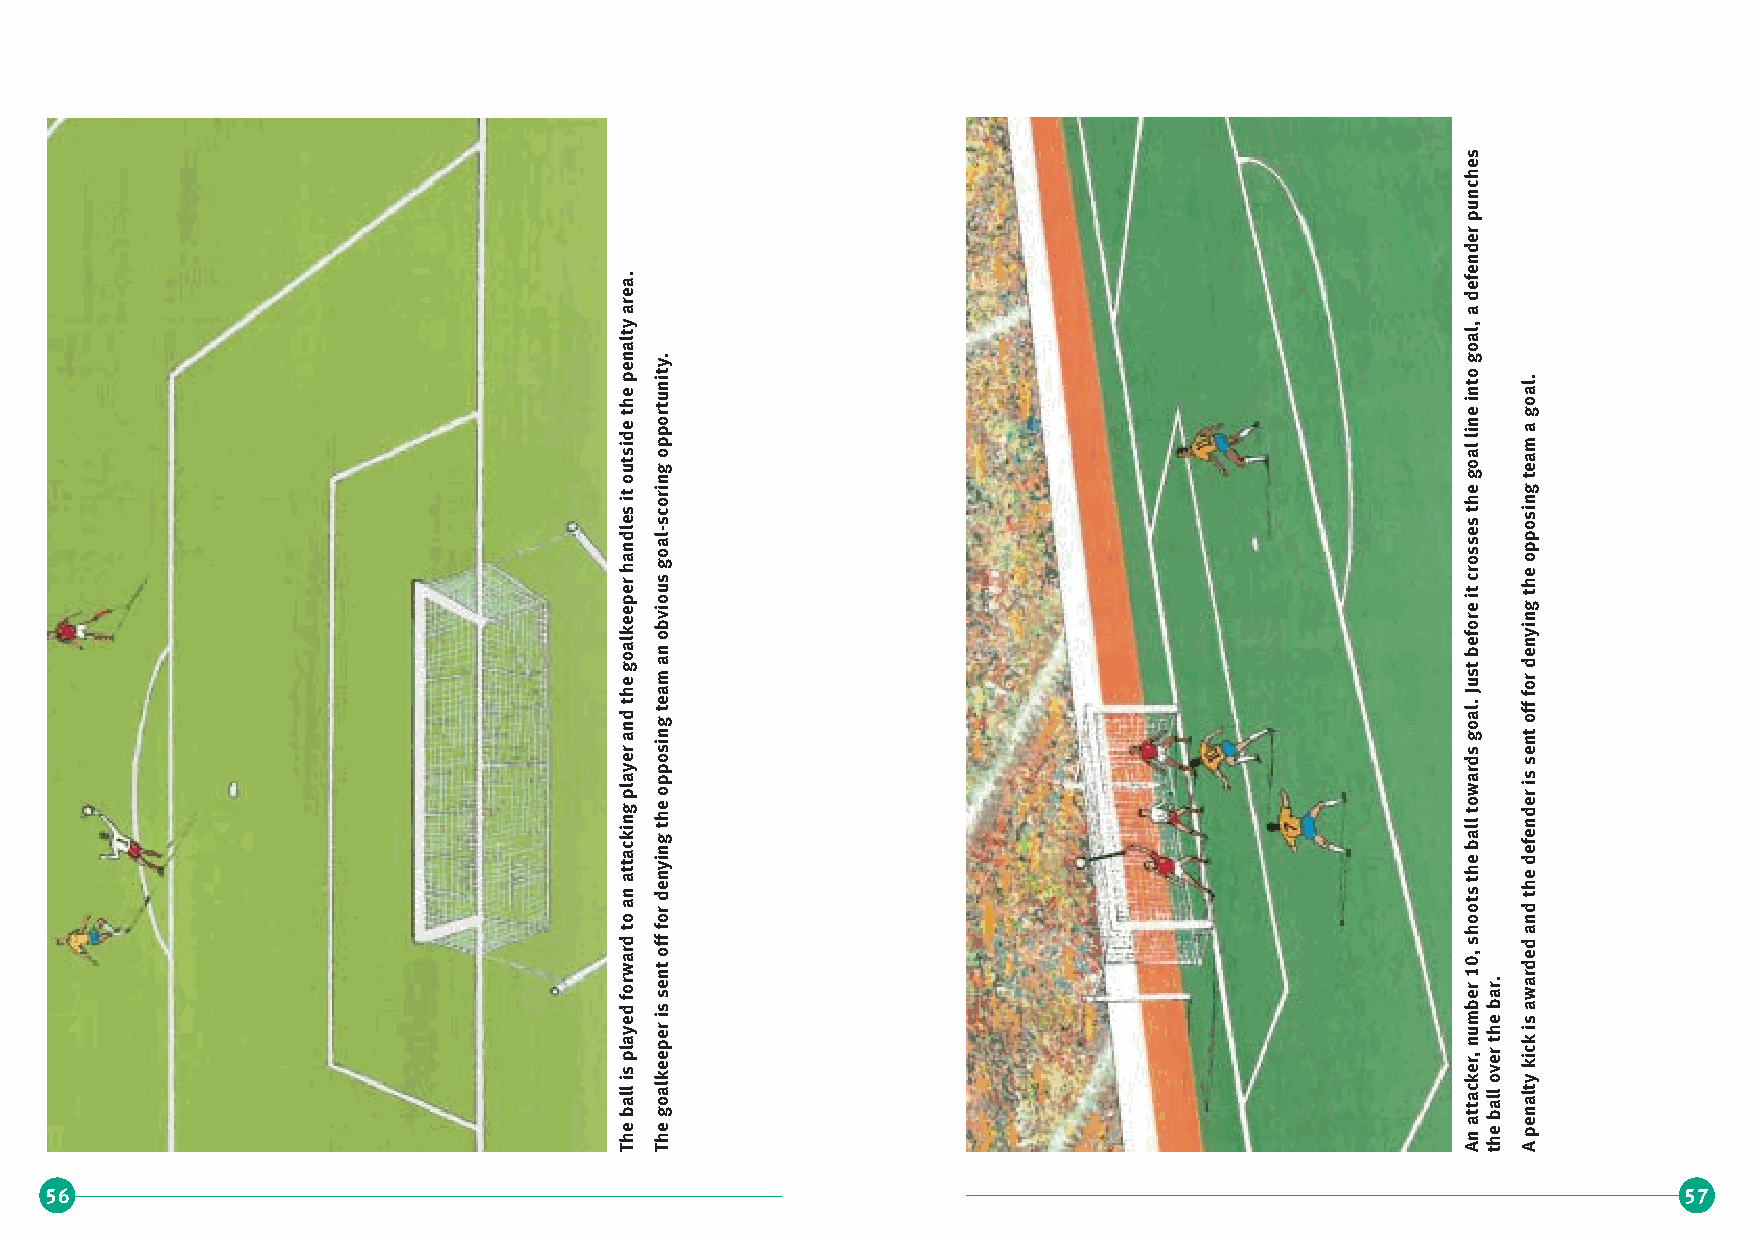
s
 e
 h
 c
 n
 u
 p
 r
 e
 d
 n
 e
 a.                                                      ef
 e                                                       d
 ar
 a
 alty                                                    oal,
 the
 pen rtunity.
 e
 into
 g
 goal.
 r
 and
 the
 goalkeeper
 handles
 it
 outside
 sing
 team
 an
 obvious
 goal-scoring
 oppo
 s
 goal.
 Just
 before
 it
 crosses
 the
 goal
 lin
 ent
 off
 for
 denying
 the
 opposing
 team
 a
 e o                                                     d   s
 o
 an
 attacking
 play
 or
 denying
 the
 opp
 oots
 the
 ball
 towar
 nd
 the
 defender
 is
 ward
 t
 nt
 off
 f
 10,
 sh
 rded
 a
 ball
 is
 played
 for
 goalkeeper
 is
 se
 ttacker,
 number
 ball
 over
 the
 bar.
 nalty
 kick
 is
 awa
 The The                                                 An a the
 A
 pe
 56                                                                                                          57